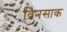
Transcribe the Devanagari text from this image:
विनसाक